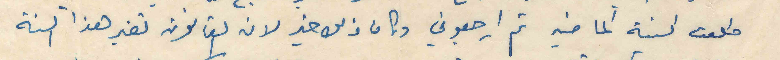
طلعت السنة الماضية ثم ارجعوني وكان ذلك خير لان القانون تغير هذا السنة